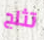
تثلج